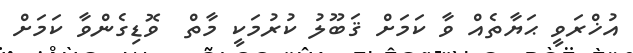
އުޚްރަވީ ޙަޔާތެއް ވާ ކަމަށް ޤަބޫލު ކުރުމަކީ މާތް  ވޮޑިގެންވާ ކަމަށް